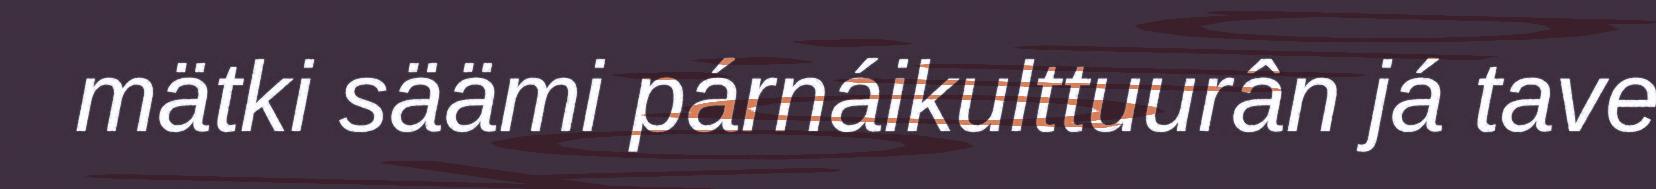
mätki säämi párnáikulttuurân já tave